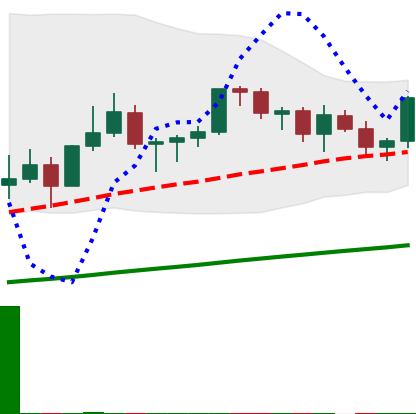
Ticker: LINK-USD
Chart end date: 2021-03-17
Forward return: -11.647%
Label: down_7plus